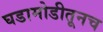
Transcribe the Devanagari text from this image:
घडामोडीतूनच